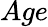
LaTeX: Age